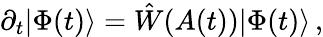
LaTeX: \partial_{t}|\Phi(t)\rangle=\hat{W}(A(t))|\Phi(t)\rangle\, ,